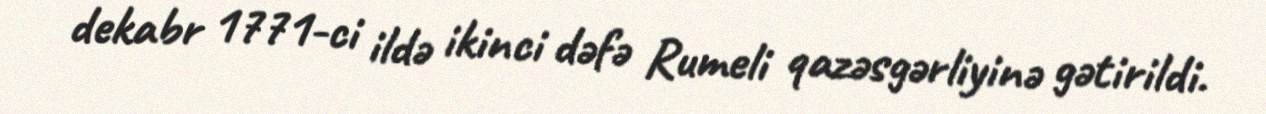
dekabr 1771-ci ildə ikinci dəfə Rumeli qazəsgərliyinə gətirildi.